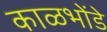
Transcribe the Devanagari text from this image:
काळभोंडे